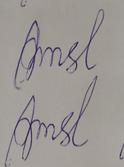
Signature authenticity: forged